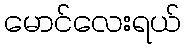
မောင်လေးရယ်